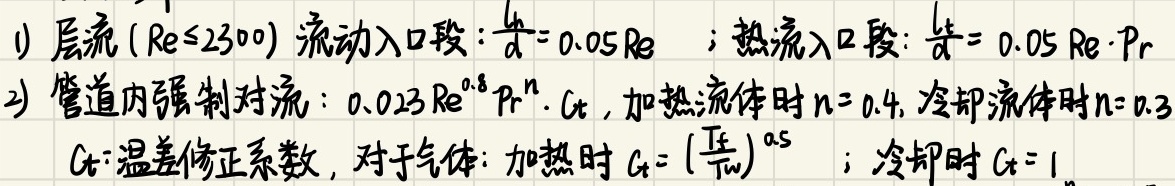
1) 层流 ($Re\leq2300$) 流动入口段：$\frac{l_h}{d}=0.05Re$ ；热流入口段：$\frac{l_t}{d}= 0.05Re\cdot Pr$
2) 管道内强制对流：$0.023Re^{0.8}Pr^{n}\cdot C_t$，加热流体时$n = 0.4$, 冷却流体时$n = 0.3$
$C_t$:温差修正系数，对于气体：加热时$C_t = \left(\frac{T_f}{T_w}\right)^{0.5}$ ；冷却时$C_t = 1$